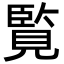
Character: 覧